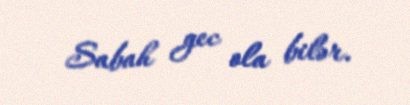
Sabah gec ola bilər.